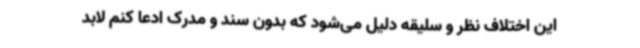
این اختلاف نظر و سلیقه دلیل می‌شود که بدون سند و مدرک ادعا کنم لابد